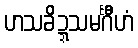
ဟသခိဍ္ဍသမင်္ဂီဟံ